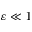
\varepsilon \ll 1